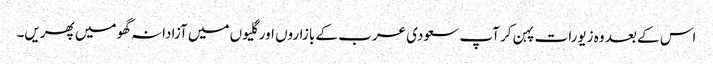
اس کے بعد وہ زیورات پہن کر آپ سعودی عرب کے بازاروں اور گلیوں میں آزادانہ گھومیں پھریں۔